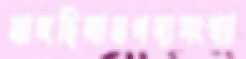
মাঙ্গছিলামপদ্যসংখ্যা